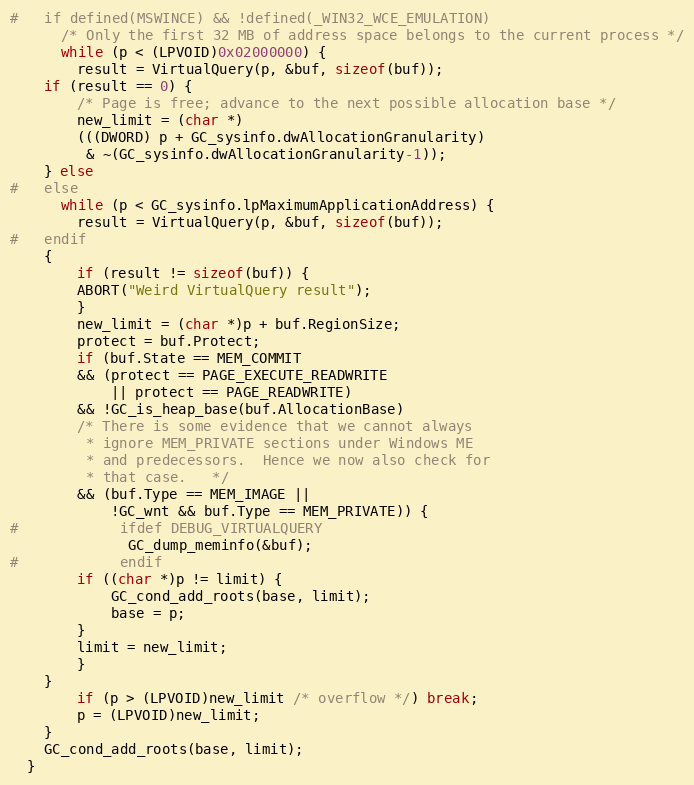
Language: C
#   if defined(MSWINCE) && !defined(_WIN32_WCE_EMULATION)
      /* Only the first 32 MB of address space belongs to the current process */
      while (p < (LPVOID)0x02000000) {
        result = VirtualQuery(p, &buf, sizeof(buf));
	if (result == 0) {
	    /* Page is free; advance to the next possible allocation base */
	    new_limit = (char *)
		(((DWORD) p + GC_sysinfo.dwAllocationGranularity)
		 & ~(GC_sysinfo.dwAllocationGranularity-1));
	} else
#   else
      while (p < GC_sysinfo.lpMaximumApplicationAddress) {
        result = VirtualQuery(p, &buf, sizeof(buf));
#   endif
	{
	    if (result != sizeof(buf)) {
		ABORT("Weird VirtualQuery result");
	    }
	    new_limit = (char *)p + buf.RegionSize;
	    protect = buf.Protect;
	    if (buf.State == MEM_COMMIT
		&& (protect == PAGE_EXECUTE_READWRITE
		    || protect == PAGE_READWRITE)
		&& !GC_is_heap_base(buf.AllocationBase)
		/* There is some evidence that we cannot always
		 * ignore MEM_PRIVATE sections under Windows ME
		 * and predecessors.  Hence we now also check for
		 * that case.	*/
		&& (buf.Type == MEM_IMAGE ||
		    !GC_wnt && buf.Type == MEM_PRIVATE)) {
#	        ifdef DEBUG_VIRTUALQUERY
	          GC_dump_meminfo(&buf);
#	        endif
		if ((char *)p != limit) {
		    GC_cond_add_roots(base, limit);
		    base = p;
		}
		limit = new_limit;
	    }
	}
        if (p > (LPVOID)new_limit /* overflow */) break;
        p = (LPVOID)new_limit;
    }
    GC_cond_add_roots(base, limit);
  }